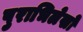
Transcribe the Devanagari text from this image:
पुराभिलेखों